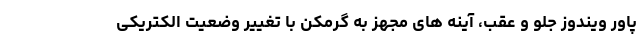
پاور ویندوز جلو و عقب، آینه های مجهز به گرمکن با تغییر وضعیت الکتریکی